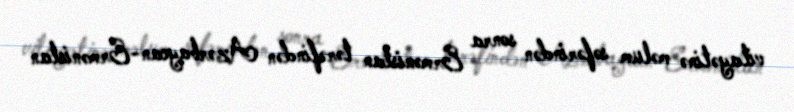
vilayətinə məlum səfərindən sonra Ermənistan tərəfindən Azərbaycan-Ermənistan